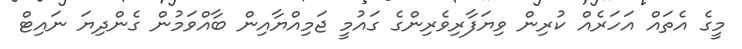
މީގެ އެތައް އަހަރެއް ކުރިން ވިޔަފާރިވެރިންގެ ގައުމީ ޖަމިއްޔާއިން ބާއްވަމުން ގެންދިޔަ ނައިޓް